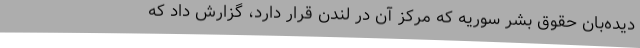
دیده‌بان حقوق بشر سوریه که مرکز آن در لندن قرار دارد، گزارش داد که